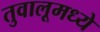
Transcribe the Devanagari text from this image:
तुवालूमध्ये